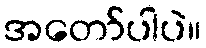
အတော်ပါပဲ။